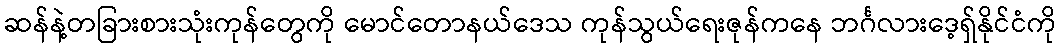
ဆန်နဲ့တခြားစားသုံးကုန်တွေကို မောင်တောနယ်ဒေသ ကုန်သွယ်ရေးဇုန်ကနေ ဘင်္ဂလားဒေ့ရှ်နိုင်ငံကို